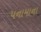
પનામાના